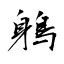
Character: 鵢